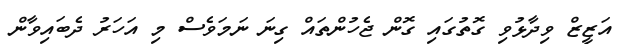
އަޒީޒް ވިދާޅުވި ގޮތުގައި ގޮން ޖެހުންތައް ގިނަ ނަމަވެސް މި އަހަރު ދެބައިވާން